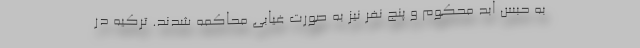
به حبس ابد محکوم و پنج نفر نیز به صورت غیابی محاکمه شدند. ترکیه در